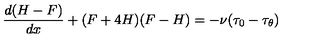
\frac { d ( H - F ) } { d x } + ( F + 4 H ) ( F - H ) = - \nu ( \tau _ { 0 } - \tau _ { \theta } )